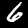
Digit: 6